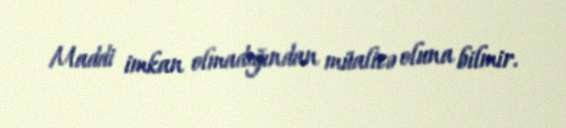
Maddi imkan olmadığından müalicə oluna bilmir.